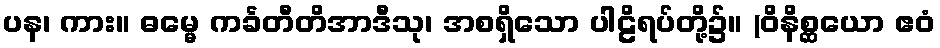
ပန၊ ကား။ ဓမ္မေ ကင်္ခတီတိအာဒီသု၊ အစရှိသော ပါဠိရပ်တို့၌။ (ဝိနိစ္ဆယော ဧဝံ